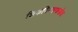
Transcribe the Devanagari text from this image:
शिकविण्याकडेच